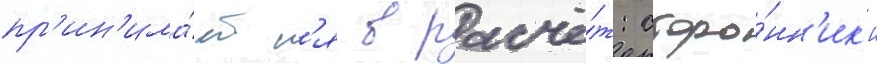
пр'ин'има́етс'я в расчё́т: сторо́нн'ик'и